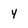
Character: y